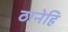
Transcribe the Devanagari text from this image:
ठानेहि